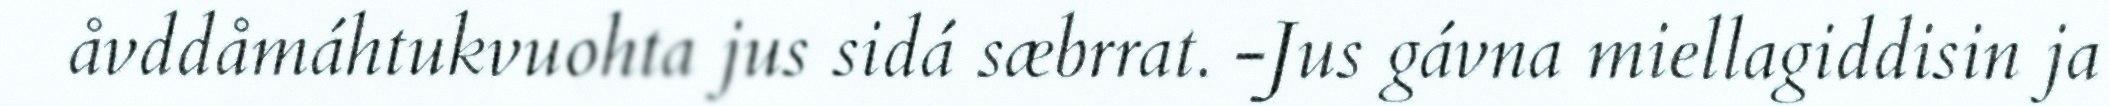
åvddåmáhtukvuohta jus sidá sæbrrat. -Jus gávna miellagiddisin ja